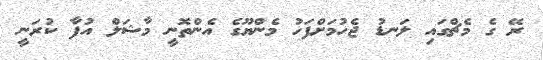
ރޭ ގެ މެޗްގައި ލަނޑު ޖެހުމަށްފަހު މެންޔޫގެ އެންތޮނީ މާޝަލް އުފާ ކުރަނީ